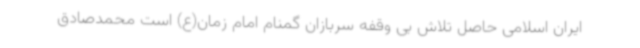
ایران اسلامی حاصل تلاش بی وقفه سربازان گمنام امام زمان(ع) است محمدصادق